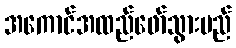
အကောင်အထည်ဖော်သွားမည်